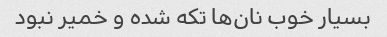
بسیار خوب نان‌ها تکه شده و خمیر نبود